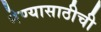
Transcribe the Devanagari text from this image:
नेण्यासाठीची